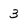
Character: 3